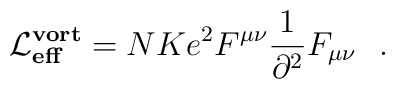
{\cal L}^{\bf vort}_{\bf eff} = NKe^2 F^{\mu\nu} \frac{1}{\partial^2}F_{\mu \nu} \, \, \, \, .